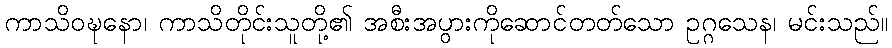
ကာသိဝဍ္ဎနော၊ ကာသိတိုင်းသူတို့၏ အစီးအပွားကိုဆောင်တတ်သော ဥဂ္ဂသေန၊ မင်းသည်။